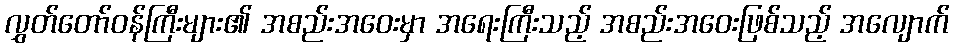
လွှတ်တော်ဝန်ကြီးများ၏ အစည်းအဝေးမှာ အရေးကြီးသည့် အစည်းအဝေးဖြစ်သည့် အလျောက်